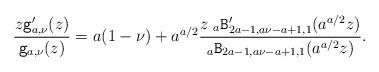
LaTeX: \begin{align*}\frac{z\mathtt{g}_{a, \nu}'(z)}{\mathtt{g}_{a, \nu}(z)}&=a (1-\nu)+ a^{a/2} \frac{z\;{}_{a}\mathtt{B}'_{2a-1, a \nu-a+1,1}(a^{a/2} z)}{{}_{a}\mathtt{B}_{2a-1, a \nu-a+1,1}(a^{a/2} z)}.\end{align*}